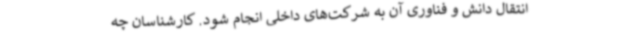
انتقال دانش و فناوری آن به شرکت‌های داخلی انجام شود. کارشناسان چه